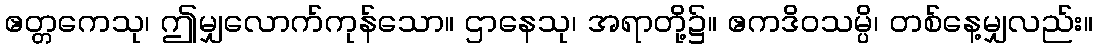
ဧတ္တကေသု၊ ဤမျှလောက်ကုန်သော။ ဌာနေသု၊ အရာတို့၌။ ဧကဒိဝသမ္ပိ၊ တစ်နေ့မျှလည်း။